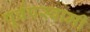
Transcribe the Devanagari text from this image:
पूर्वपस्वामी